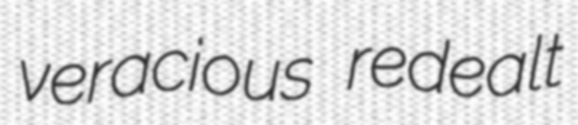
veracious redealt